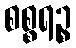
စစ္စရဉ္စ